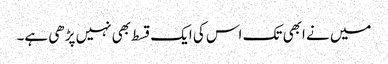
میں نے ابھی تک اس کی ایک قسط بھی نہیں پڑھی ہے۔